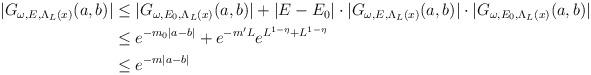
LaTeX: \begin{align*} \begin{aligned} |G_{\omega,E,\Lambda_L(x)}(a,b)|&\leq |G_{\omega,E_0,\Lambda_L(x)}(a,b)|+|E-E_0| \cdot |G_{\omega,E,\Lambda_L(x)}(a,b)| \cdot |G_{\omega,E_0,\Lambda_L(x)}(a,b)|\\ &\leq e^{-m_0|a-b|}+e^{-m'L}e^{L^{1-\eta}+L^{1-\eta}}\\ &\leq e^{-m|a-b|} \end{aligned} \end{align*}